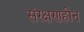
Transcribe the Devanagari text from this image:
संरक्षणहीन